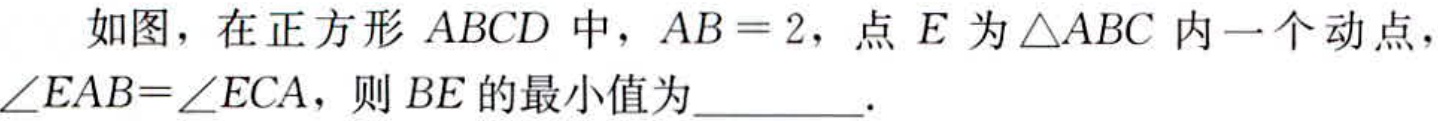
如图，在正方形 \(ABCD\) 中，\(AB = 2\)，点 \(E\) 为 \(\triangle ABC\) 内一个动点，\(\angle EAB=\angle ECA\)，则 \(BE\) 的最小值为  ．